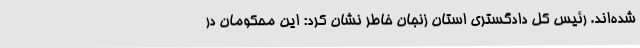
شده‌اند. رئیس کل دادگستری استان زنجان خاطر نشان کرد: این محکومان در